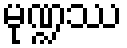
မုဏ္ဍဿ